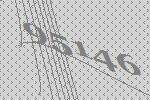
95146